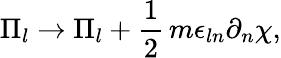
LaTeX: \Pi_{l}\rightarrow\Pi_{l}+\frac{1}{2}\, m\epsilon_{ln}\partial_{n}\chi,